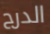
الدرج